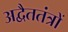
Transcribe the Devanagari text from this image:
अद्वैततंत्रों